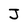
Character: J